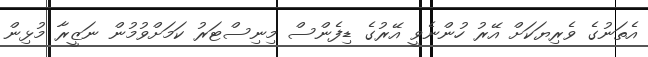
އެތަނުގެ ވެރިޔަކަށް އޭރު ހުންނެވީ އޭރުގެ ޑިފެންސް މިނިސްޓަރު ކަމަށްވުމުން ނަޒީރާ މުޅިން